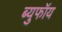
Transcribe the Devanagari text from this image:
ब्युफॉय